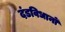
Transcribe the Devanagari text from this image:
दंडविधानों